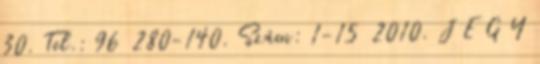
30. Tel.: 96 280-140. Szám: 1-15 2010. J E G Y